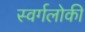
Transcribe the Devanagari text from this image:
स्वर्गलोकी